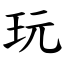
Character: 玩